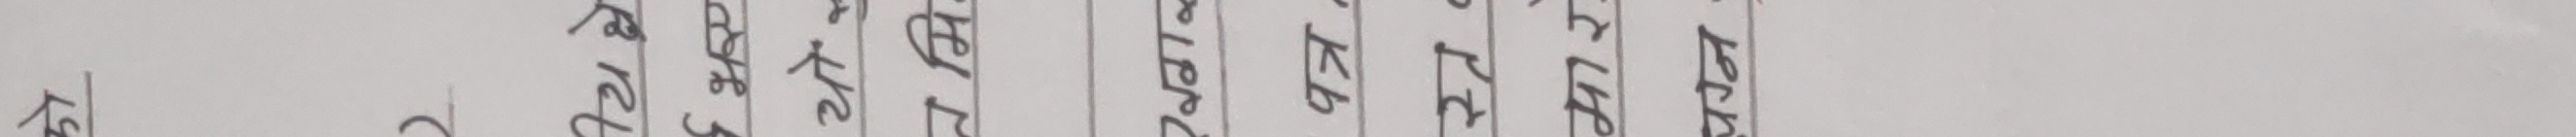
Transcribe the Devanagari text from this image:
केहि रहेछ